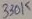
Text: 330K